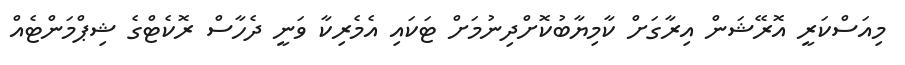
މިއަސްކަރީ އޮރޭޝަން އިރާގަށް ކާމިޔާބުކޮށްދިނުމަށް ޓަކައި އެމެރިކާ ވަނީ ދެހާސް ރޮކެޓްގެ ޝިޕްމަންޓެއް